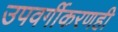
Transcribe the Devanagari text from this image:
उपवर्गीकरणही